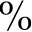
\%